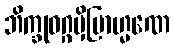
ဘိက္ခုဝဂ္ဂမှိဗြာဟ္မဏေ